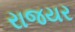
રાજયર